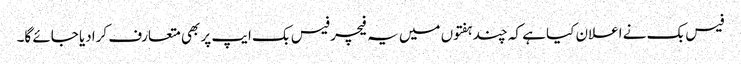
فیس بک نے اعلان کیا ہے کہ چند ہفتوں میں یہ فیچر فیس بک ایپ پر بھی متعارف کرادیا جائے گا۔